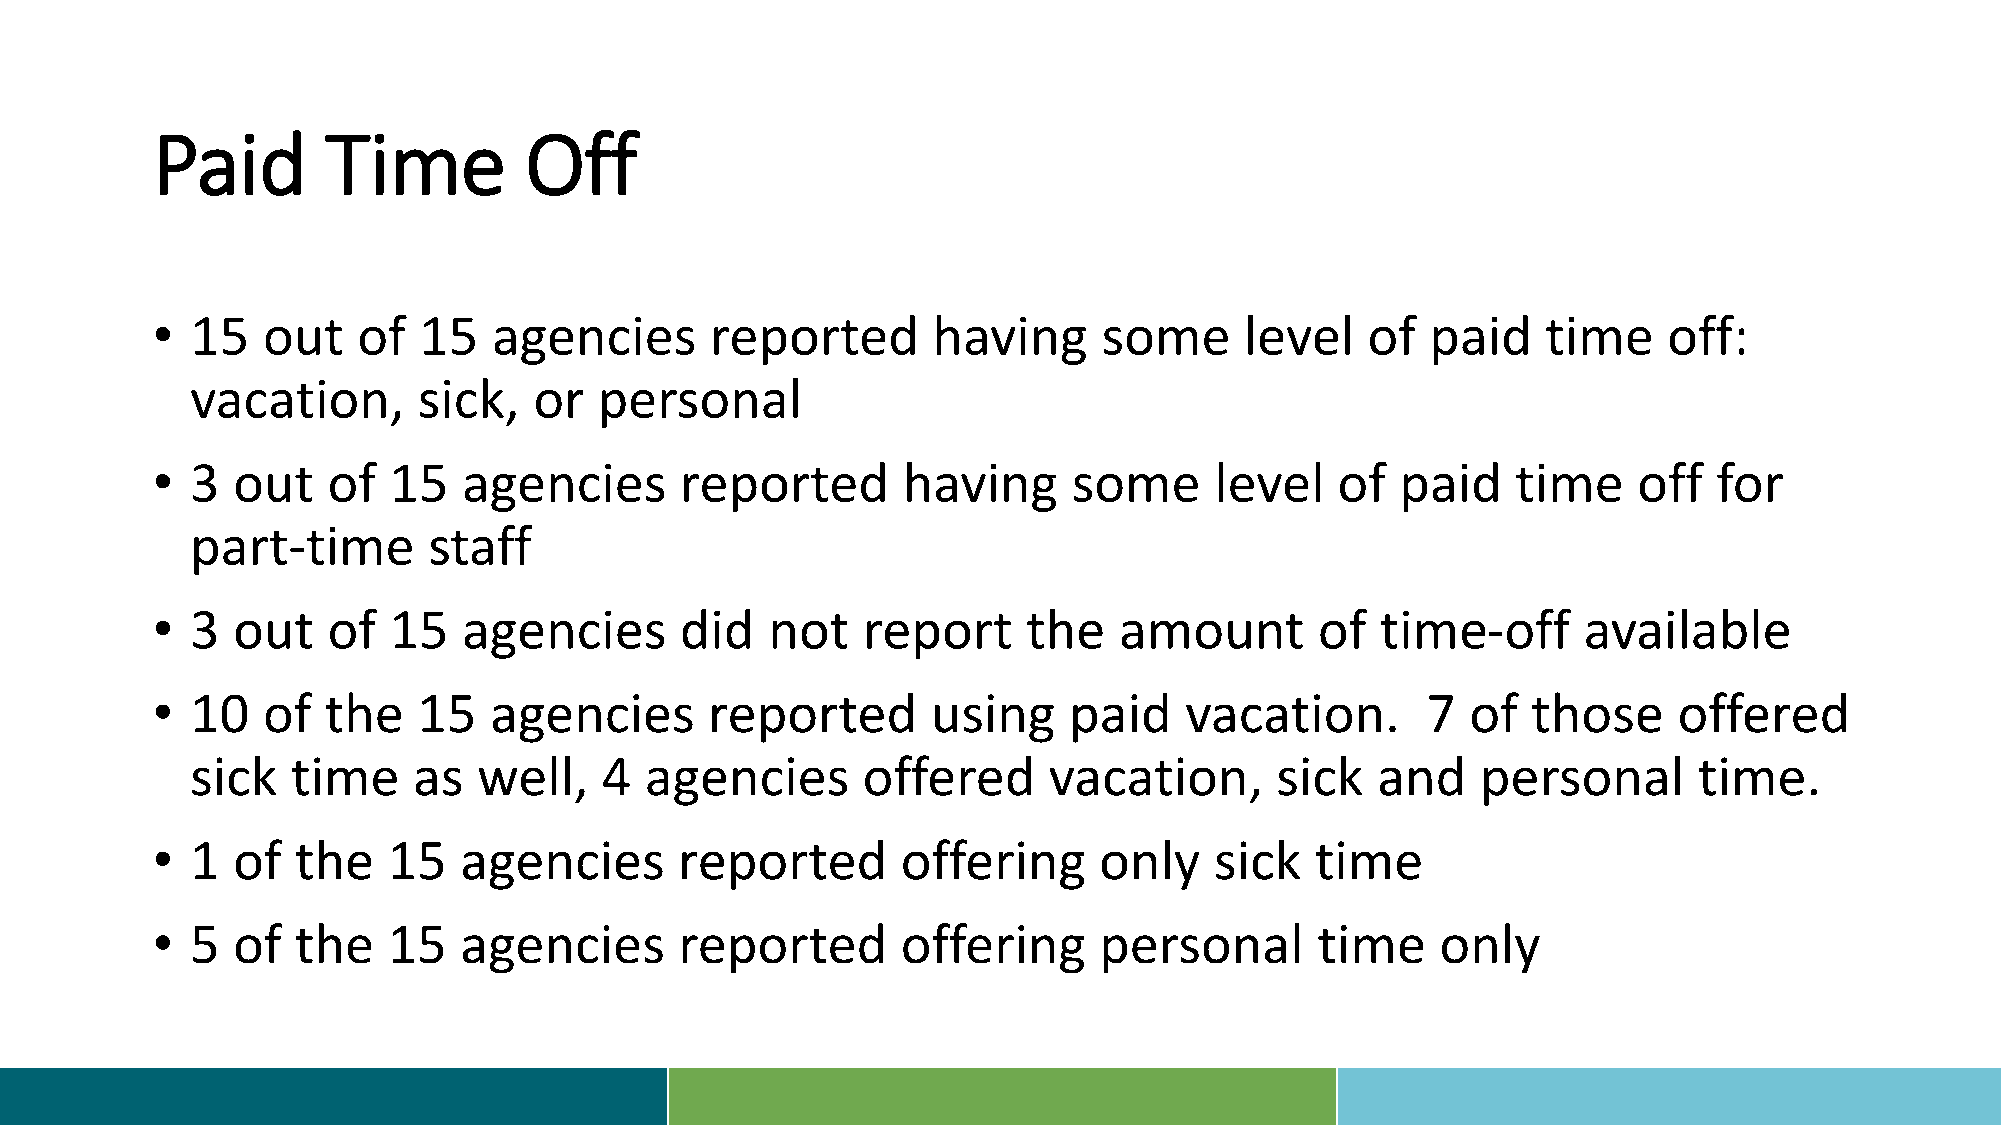
Paid        Time         Off
 •  15  out    of  15   agencies      reported       having     some     level   of   paid   time    off:
 vacation,      sick,  or   personal
 •  3 out    of  15   agencies      reported       having     some     level    of  paid   time    off   for
 part-time      staff
 •  3 out    of  15   agencies      did   not   report     the   amount       of  time-off      available
 •  10  of  the    15  agencies       reported       using    paid   vacation.       7  of  those     offered
 sick  time    as   well,   4  agencies      offered     vacation,      sick   and    personal      time.
 •  1 of   the   15  agencies       reported       offering     only   sick   time
 •  5 of   the   15  agencies       reported       offering     personal      time    only